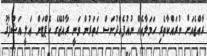
ރާއްޖެއަށް ނުރައްކާތެރި ހަމަލާއެއް ނުއުފެއްދުނަސް ގަތަރުން ވަނީ ރާއްޖޭގެ ކެޕްޓަން ޢަލީ އަޝްފާޤު